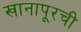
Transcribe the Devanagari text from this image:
खानापूरची